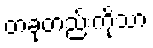
တခုတည်းကိုသာ